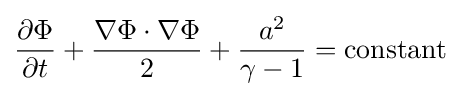
{\frac {\partial \Phi }{\partial t}}+{\frac {\nabla \Phi \cdot \nabla \Phi }{2}}+{\frac {a^{2}}{\gamma -1}}={\text{constant}}